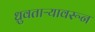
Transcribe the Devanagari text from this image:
ध्रुवताऱ्यावरून